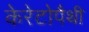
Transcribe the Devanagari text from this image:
केरेटोपैथी